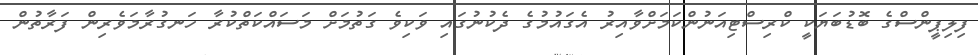
ފިލިޕީންސްގެ ބޮޑުބަޔަކީ ކްރިސްޓިއަނުންކަމަށްވާއިރު އެގައުމުގެ ދެކުނުގައި ވަކިވެ ގަތުމަށް މަސައްކަތްކުރާ ހަނގުރާމަވެރިން ފަރާތުން